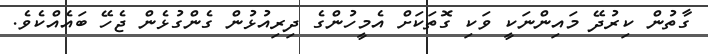
ގާތުން ކިރުދޭ މައިންނަކީ ވަކި ގޮތަކަށް އެމީހުންގެ ދިރިއުޅުން ގެންގުޅެން ޖެހޭ ބައެއްކެވެ.